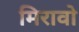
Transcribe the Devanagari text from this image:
मिरावो